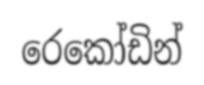
රෙකෝඩින්